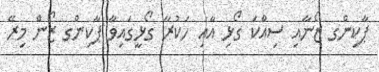
ޕާކިންގ ޒޯނާއި ސިއްކަ ގޯޅި އާއި ހަކުރާ ގޯޅީގައިވާ ޕާކިންގ ޒޯން މިރޭ